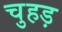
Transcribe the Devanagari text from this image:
चुहड़